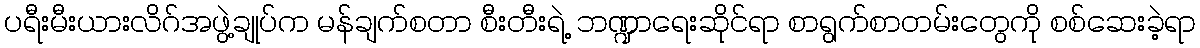
ပရီးမီးယားလိဂ်အဖွဲ့ချုပ်က မန်ချက်စတာ စီးတီးရဲ့ ဘဏ္ဍာရေးဆိုင်ရာ စာရွက်စာတမ်းတွေကို စစ်ဆေးခဲ့ရာ